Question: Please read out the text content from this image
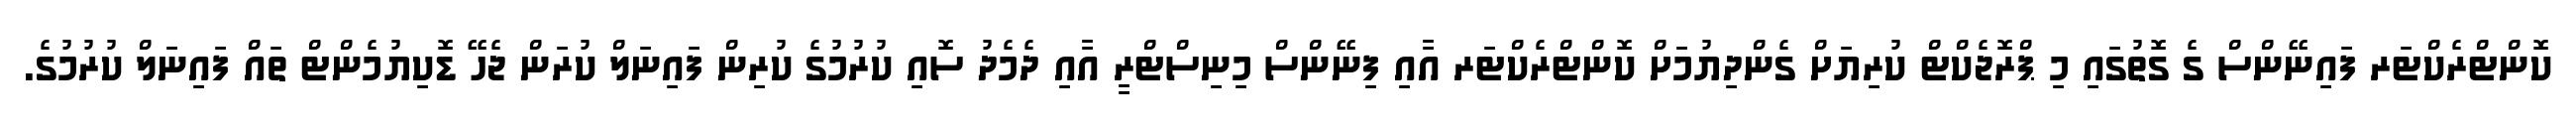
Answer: ކޮންޓްރެކްޓަރ ފައިނޭންސް ގެ ގޮތުގައި މި ޕްރޮޖެކްޓް ކުރިޔަށް ގެންދިޔުމަށް ކޮންޓްރެކްޓަރ އާއި ފިނޭންސް މިނިސްޓްރީ އާއި ދެމެދު ސޮއި ކުރުމުގެ ކުރިން ފައިނަލް ކުރަން ޖެހޭ ޑޮކިޔުމެންޓް ތައް ފައިނަލް ކުރުމުގެ.